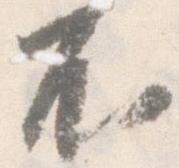
不